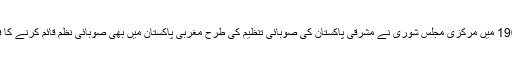
دسمبر1965 میں مرکزی مجلس شوریٰ نے مشرقی پاکستان کی صوبائی تنظیم کی طرح مغربی پاکستان میں بھی صوبائی نظم قائم کرنے کا فیصلہ کیا۔